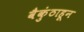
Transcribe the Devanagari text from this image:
वैकुंठाहून